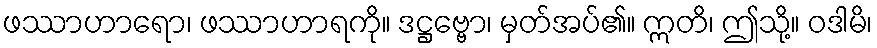
ဖဿာဟာရော၊ ဖဿာဟာရကို။ ဒဋ္ဌဗ္ဗော၊ မှတ်အပ်၏။ ဣတိ၊ ဤသို့။ ဝဒါမိ၊